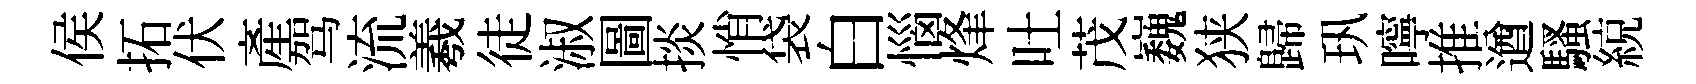
侯拓伏產驾流羲徒淑圖掞悄袋白惱烽吐茂巍狭歸㺬嚀推遒騷綂